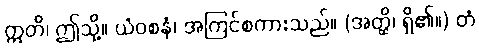
ဣတိ၊ ဤသို့။ ယံဝစနံ၊ အကြင်စကားသည်။ (အတ္ထိ၊ ရှိ၏။) တံ